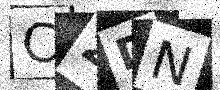
Text: C2DN